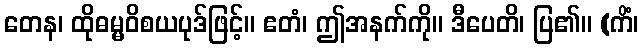
တေန၊ ထိုဓမ္မဝိစယပုဒ်ဖြင့်။ ဧတံ၊ ဤအနက်ကို။ ဒီပေတိ၊ ပြ၏။ (ကိံ၊